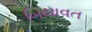
બિયાવત